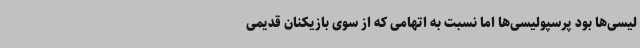
لیسی‌ها بود پرسپولیسی‌ها اما نسبت به اتهامی که از سوی بازیکنان قدیمی